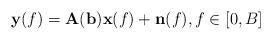
LaTeX: \begin{align*}\mathbf{y}(f)= \mathbf{A(b)} \mathbf{x}(f)+\mathbf{n}(f),f \in [0,B]\end{align*}